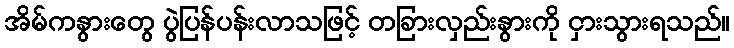
အိမ်ကနွားတွေ ပွဲပြန်ပန်းလာသဖြင့် တခြားလှည်းနွားကို ငှားသွားရသည်။